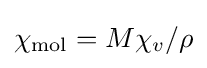
\chi _{\text{mol}}=M\chi _{v}/\rho